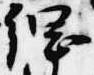
綱